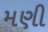
મણી